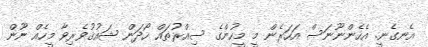
އެނގެނީ. އެހެންނޫނަސް އަހަރެން މީ މީހުންގެ ސިއްރުތައް ހޯދަން ޝައުޤުވެރިވާ މީހެއް ނޫން